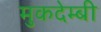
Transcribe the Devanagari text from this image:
मुकदेम्बी